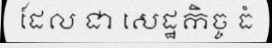
ដែល ជា សេដ្ឋកិច្ច ធំ